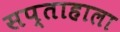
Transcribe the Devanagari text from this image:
सप्‍ताहाला